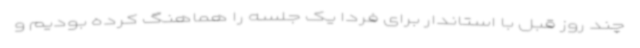
چند روز قبل با استاندار برای فردا یک جلسه را هماهنگ کرده بودیم و